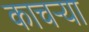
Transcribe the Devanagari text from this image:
काचऱ्या